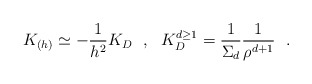
\begin{align*}K_{(h)}\simeq - {1\over h^2} K_D~~,~~K_D^{d\geq 1}={1\over \Sigma_d}{1\over \rho^{d+1}}~~.\end{align*}